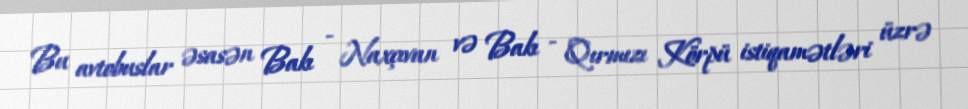
Bu avtobuslar əsasən Bakı - Naxçıvan və Bakı - Qırmızı Körpü istiqamətləri üzrə